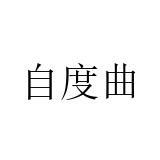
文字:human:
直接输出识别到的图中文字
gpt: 自度曲